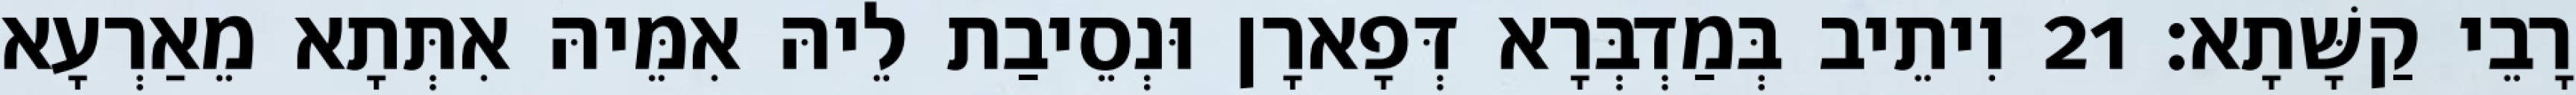
רָבֵי קַשָּׁתָא׃ 21 וִיתֵיב בְּמַדְבְּרָא דְּפָארָן וּנְסֵיבַת לֵיהּ אִמֵּיהּ אִתְּתָא מֵאַרְעָא